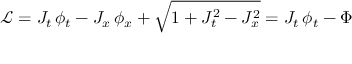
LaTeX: \mathcal { L } = J _ { t } \, \phi _ { t } - J _ { x } \, \phi _ { x } + \sqrt { 1 + J _ { t } ^ { 2 } - J _ { x } ^ { 2 } } = J _ { t } \, \phi _ { t } - \Phi